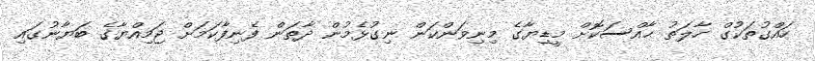
ހައްގުތަކުގް ހާލަތު ޙާއްސަކޮށް މީޑިޔާގެ މިނިވަންކަން ނިގުޅެމުން ދާތަން ފެނިފާކަމަށް ޖަމިއްޔާގެ ބަޔާނުގައި